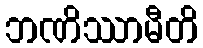
ဘဏိဿာမီတိ